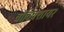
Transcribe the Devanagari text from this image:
वाॅर्विक्शायर